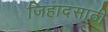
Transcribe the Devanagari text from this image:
जिहादसाठी